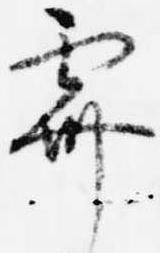
霽